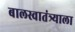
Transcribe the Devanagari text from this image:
बालस्वातंत्र्याला